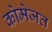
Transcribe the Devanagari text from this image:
कोमेजत